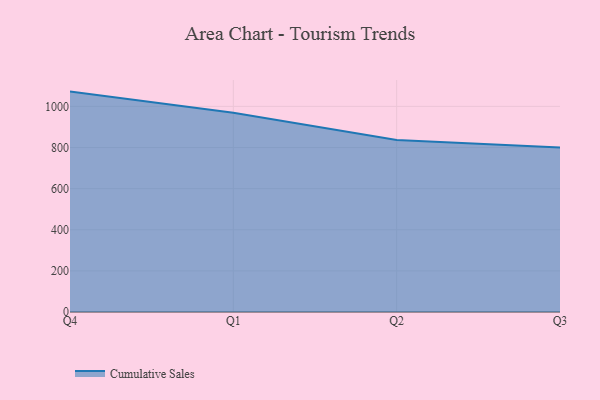
{"axis": {"x": "Quarter", "y": "Population (Million)"}, "legend": ["Cumulative Sales"], "data": [{"x": "Q4", "y": 1072.0, "type": "Cumulative Sales"}, {"x": "Q1", "y": 968.8, "type": "Cumulative Sales"}, {"x": "Q2", "y": 836.8, "type": "Cumulative Sales"}, {"x": "Q3", "y": 800, "type": "Cumulative Sales"}]}